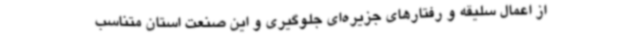
از اعمال سلیقه و رفتارهای جزیره‌ای جلوگیری و این صنعت استان متناسب